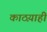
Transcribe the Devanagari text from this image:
काठय़ाही